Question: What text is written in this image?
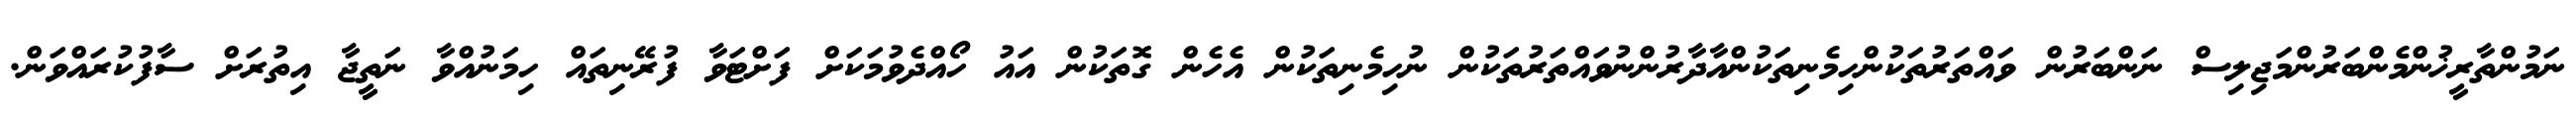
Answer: ނަމުންތާރީޚުންމެންބަރުންމަޖިލިސް ނަންބަރުން ވައްތަރުތަކުންހިމެނިތަކުންއާދާރުންނުވައްތަރުތަކުން ނުހިމެނިތަކުން އެހެން ގޮތަކުން އައު ހޯއްދެވުމަކަށް ފަށްޓަވާ ފުރޭނިތައް ހިމަނުއްވާ ނަތީޖާ އިތުރަށް ސާފުކުރައްވަން.